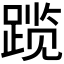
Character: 𬦾